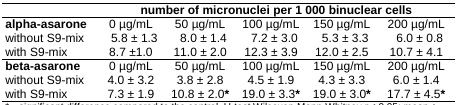
<table><thead><tr><td></td><td colspan="5"><b>number of micronuclei per 1 000 binuclear cells</b></td></tr></thead><tbody><tr><td><b>alpha-asarone</b></td><td>0 μg/mL</td><td>50 μg/mL</td><td>100 μg/mL</td><td>150 μg/mL</td><td>200 μg/mL</td></tr><tr><td>without S9-mix</td><td>5.8 ± 1.3</td><td>8.0 ± 1.4</td><td>7.2 ± 3.0</td><td>5.3 ± 3.3</td><td>6.0 ± 0.8</td></tr><tr><td>with S9-mix</td><td>8.7 ±1.0</td><td>11.0 ± 2.0</td><td>12.3 ± 3.9</td><td>12.0 ± 2.5</td><td>10.7 ± 4.1</td></tr><tr><td><b>beta-asarone</b></td><td>0 μg/mL</td><td>50 μg/mL</td><td>100 μg/mL</td><td>150 μg/mL</td><td>200 μg/mL</td></tr><tr><td>without S9-mix</td><td>4.0 ± 3.2</td><td>3.8 ± 2.8</td><td>4.5 ± 1.9</td><td>4.3 ± 3.3</td><td>6.0 ± 1.4</td></tr><tr><td>with S9-mix</td><td>7.3 ± 1.9</td><td>10.8 ± 2.0*</td><td>19.0 ± 3.3*</td><td>19.0 ± 3.0*</td><td>17.7 ± 4.5*</td></tr></tbody></table>